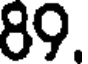
89.